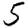
Digit: 5